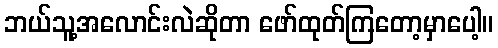
ဘယ်သူ့အလောင်းလဲဆိုတာ ဖော်ထုတ်ကြတော့မှာပေါ့။